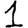
Digit: 1